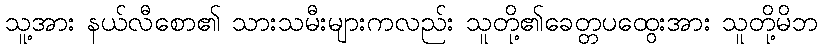
သူ့အား နယ်လီစော၏ သားသမီးများကလည်း သူတို့၏ခေတ္တပထွေးအား သူတို့မိဘ